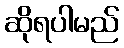
ဆိုရပါမည်